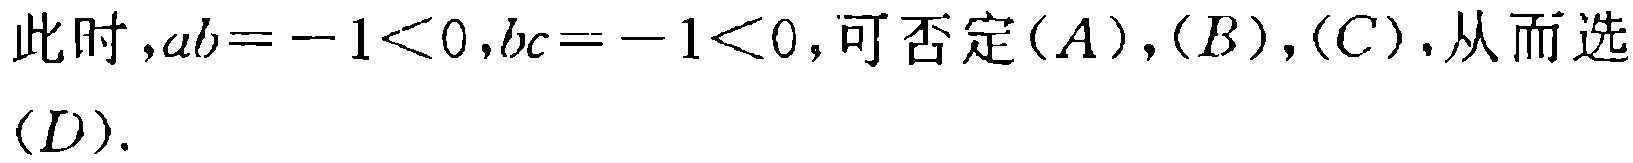
此时，\(ab = -1<0,bc = -1<0\)，可否定\((A)\)，\((B)\)，\((C)\)，从而选\((D)\).